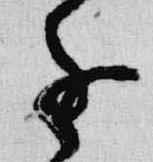
進